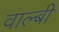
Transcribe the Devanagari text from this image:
वाल्बी